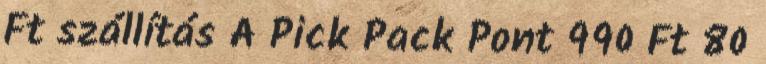
Ft szállítás A Pick Pack Pont 990 Ft 80